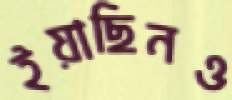
ইয়াছিনও